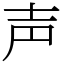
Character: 声